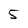
Character: 5